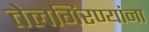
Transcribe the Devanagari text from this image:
तेलगिरण्यांना